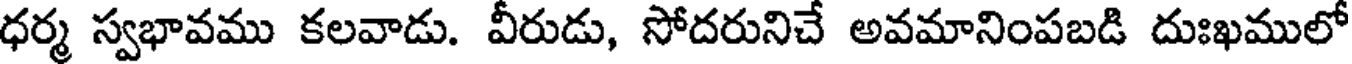
ధర్మ స్వభావము కలవాడు. వీరుడు, సోదరునిచే అవమానింపబడి దుఃఖములో